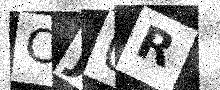
Text: CJ0R